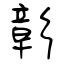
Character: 彰